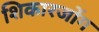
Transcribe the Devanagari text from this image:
शिकारजोंग